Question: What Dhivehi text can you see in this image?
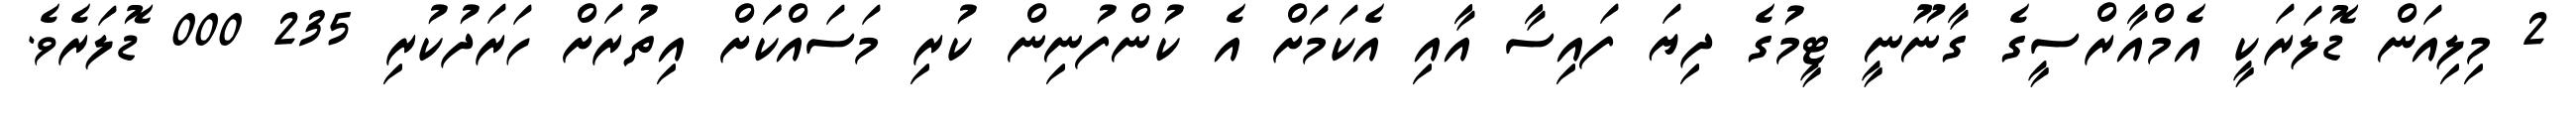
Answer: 2 މިލިއަން ޑޮލަރަކީ އެމްއާރްސީގެ ގާނޫނީ ޓީމުގެ ދިޔަ ފައިސާ އާއި އެކަމަށް އެ ކުންފުނިން ކުރި މަސައްކަަށް އިތުރަށް ހަރަދުކުރި 235 000 ޑޮލަރެވެ.